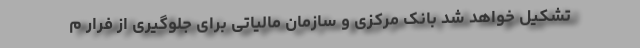
تشکیل خواهد شد بانک مرکزی و سازمان مالیاتی برای جلوگیری از فرار م